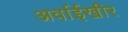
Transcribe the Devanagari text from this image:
अर्वाईखीर